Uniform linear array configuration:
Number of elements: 64
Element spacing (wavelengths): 0.75
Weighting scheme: hann
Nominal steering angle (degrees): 45
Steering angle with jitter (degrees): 46.678
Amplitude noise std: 0.05
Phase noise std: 0.05

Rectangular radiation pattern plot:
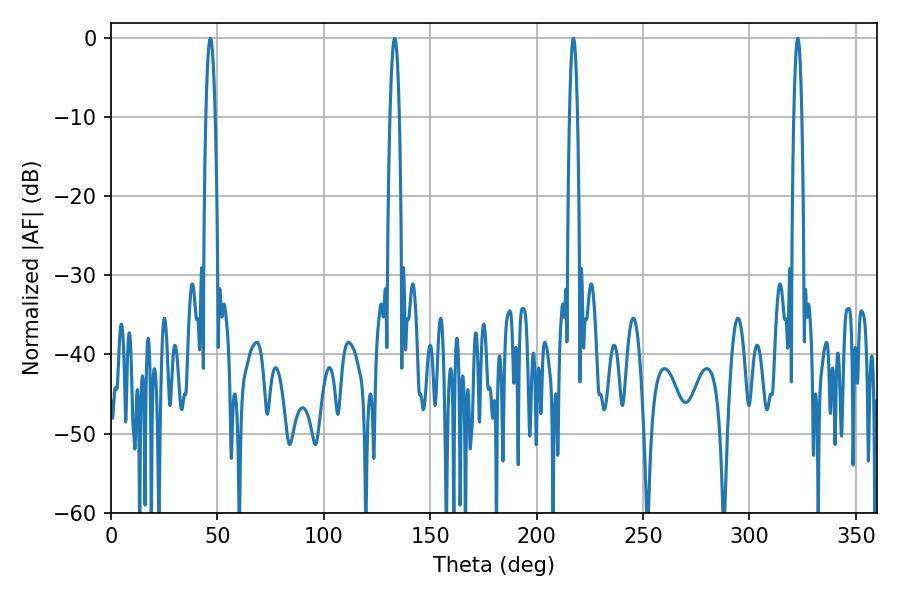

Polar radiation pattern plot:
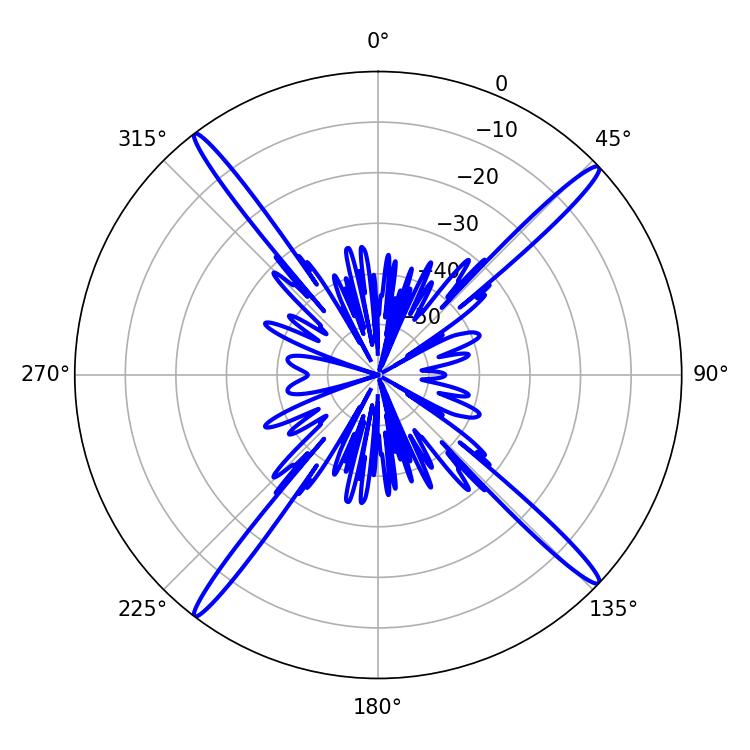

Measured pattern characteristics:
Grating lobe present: TRUE
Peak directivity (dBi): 20.217
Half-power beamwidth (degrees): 1.98
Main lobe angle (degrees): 217.26